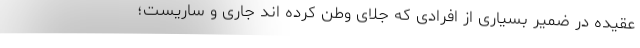
عقیده در ضمیر بسیاری از افرادی که جلای وطن کرده اند جاری و ساریست؛